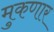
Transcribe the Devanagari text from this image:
मुकणार